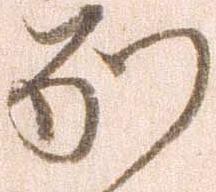
別